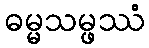
ဓမ္မသမ္ဖဿံ